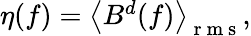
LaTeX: \begin{array}{r}{\eta(f)=\left<B^{d}(f)\right>_{\mathrm{~r~m~s~}},}\end{array}